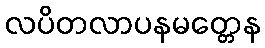
လပိတလာပနမတ္တေန